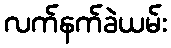
လက်နက်ခဲယမ်း